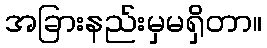
အခြားနည်းမှမရှိတာ။